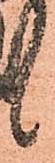
候